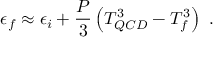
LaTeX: \epsilon _ { f } \approx \epsilon _ { i } + { \frac { P } { 3 } } \left( T _ { Q C D } ^ { 3 } - T _ { f } ^ { 3 } \right) ~ .